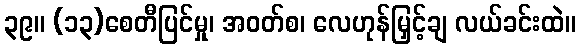
၃၉။ (၁၃)စေတီပြင်မှု၊ အဝတ်စ၊ လေဟုန်မြှင့်ချ လယ်ခင်းထဲ။